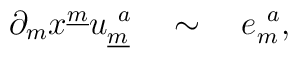
\partial_{m} x^{\underline{m}} u^{~a}_{\underline{m}}{}~~~\sim ~~~e^{~a}_{m} ,